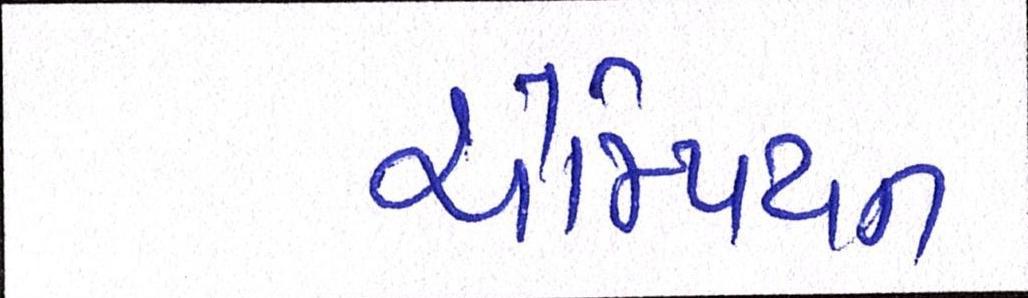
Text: ચેમ્પિયન